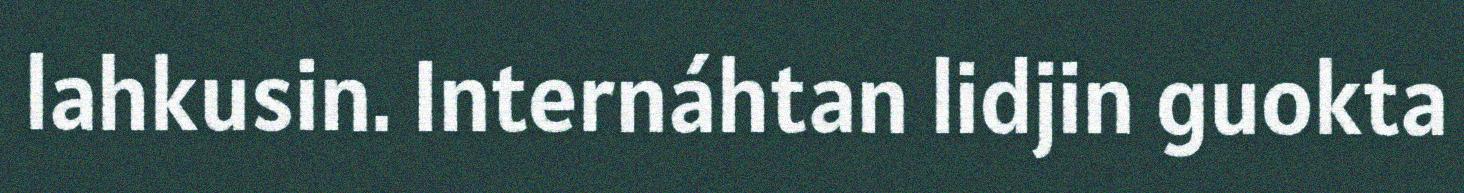
lahkusin. Internáhtan lidjin guokta